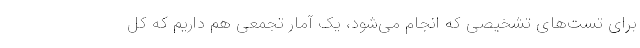
برای تست‌های تشخیصی که انجام می‌شود، یک آمار تجمعی هم داریم که کل